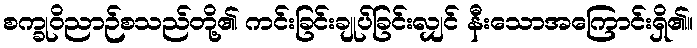
စက္ခုဝိညာဉ်စသည်တို့၏ ကင်းခြင်းချုပ်ခြင်းလျှင် နီးသောအကြောင်းရှိ၏။